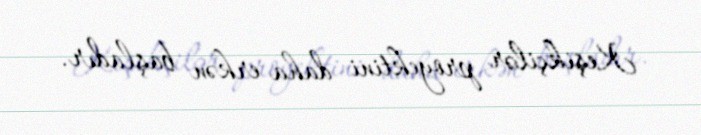
Keşikçilər proyektini daha erkən başladır.